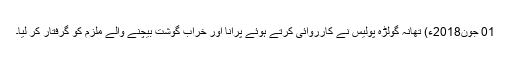
01 جون2018ء) تھانہ گولڑہ پولیس نے کارروائی کرتے ہوئے پرانا اور خراب گوشت بیچنے والے ملزم کو گرفتار کر لیا۔